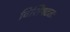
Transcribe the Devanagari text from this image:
विशिषटतः